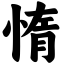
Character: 惰